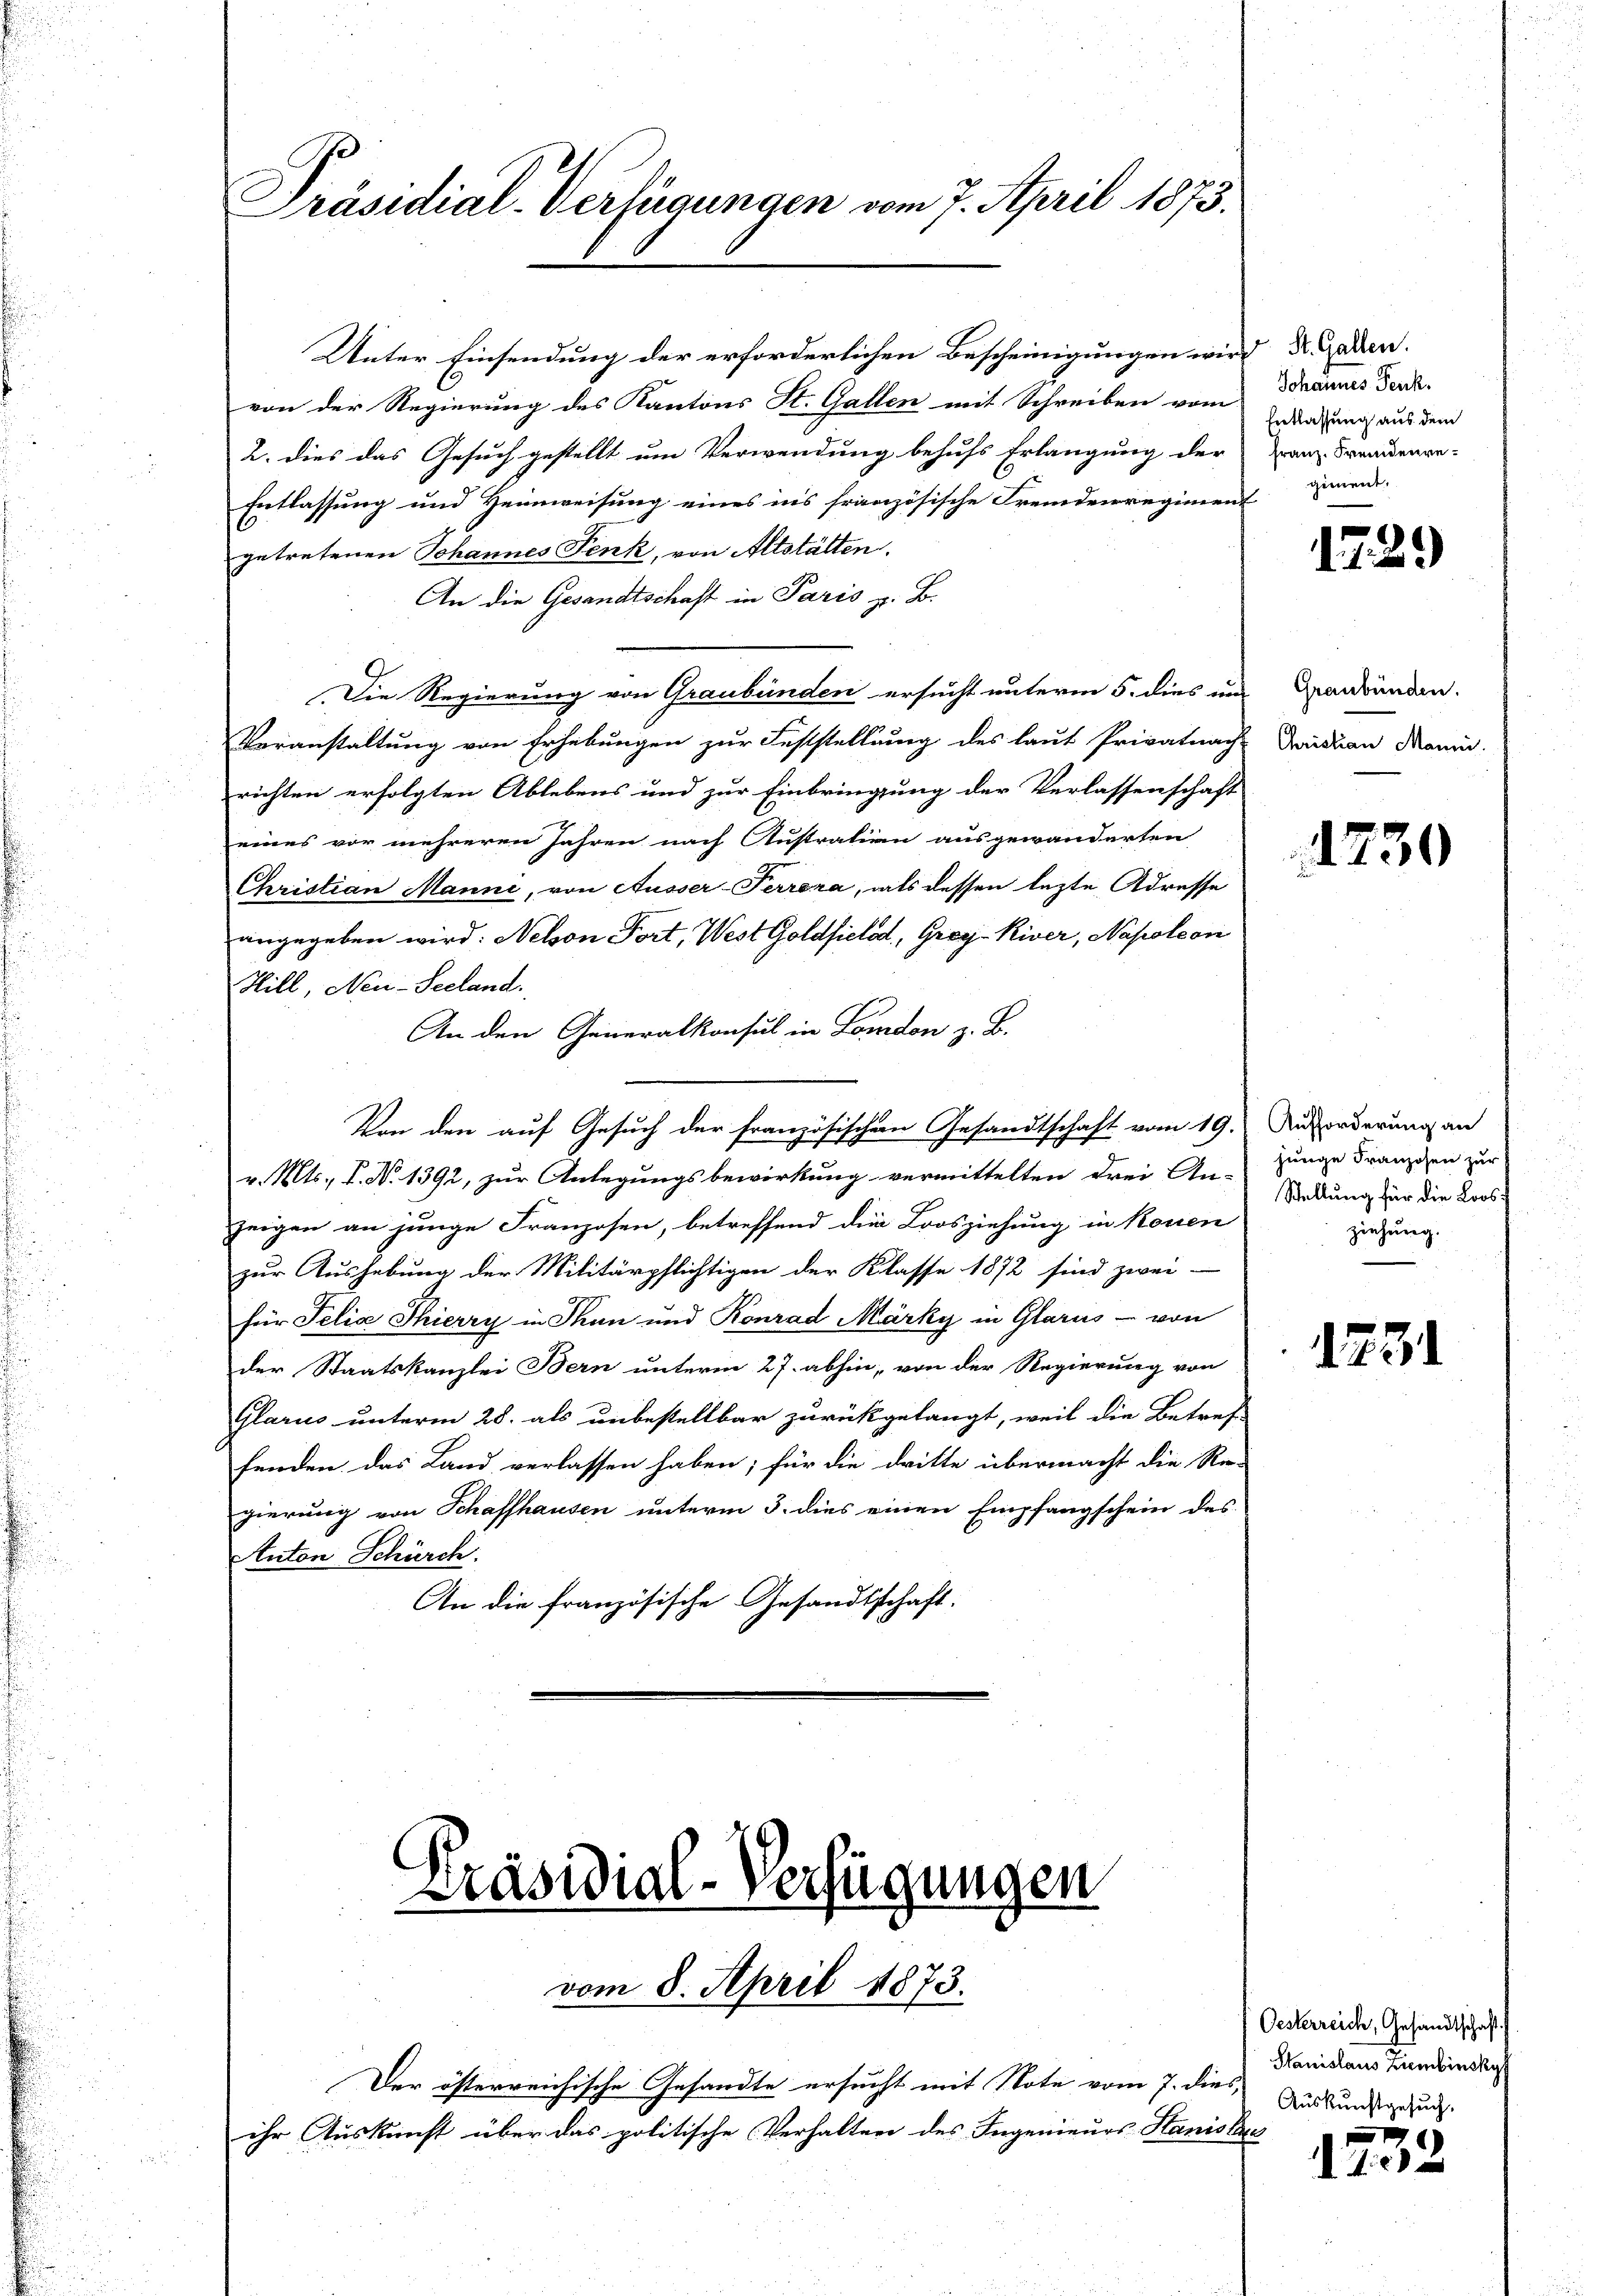
Präsidial-Verfügungen vom 7. April 1873.

Unter Einsendung der erforderlichen Bescheinigungen wird u. jeden.
von der Regierung des Kantons St. Gallen mit Schreiben vom
2. dies das Gesuch gestellt um Verwendung behufs Erlangung der
Entlassung und Heimweisung eines ins französische Fremdenregiment
getretenen Johannes Fenk, von Altstätten.
An die Gesandtschaft in Paris z. B.
Die Regierung von Graubünden ersucht unterm 5. dies um
Veranstaltung von Erhebungen zur Feststellung des laut Privatnach
richten erfolgten Ablebens und zur Einbringung der Verlassenschaft
eines vor mehreren Jahren nach Austration ausgewanderten
Christian Manni, von Ausser-Terrora, als dessen lezte Adresse
angegeben wird: Nelvon Fort, West Goldfield, Grey-Kiver, Napoleon
Hill, Neu-Seeland.
An den Generalkonsul in London z. B.
Von den auf Gesuch der französischen Gesandtschaft vom 19. Auforderung an
v. Mts., P. No 1392, zur Anlegungsbewirkung vermittelten drei An-
zeigen an junge Franzosen, betreffend die Loosziehung in konen
zur Aushebung der Militärpflichtigen der Klasse 1872 sind zwei-
für Felix Thierry in Thun und Konrad Märky in Glarus - von
der Staatskanzlei Bern unterm 27. abhin, von der Regierung von
Glarus unterm 28. als unbestellbar zurückgelangt, weil die Betref-
fenden das Land verlassen haben; für die dritte übermacht die Re-
gierung von Schaffhausen unterm 3. dies einen Empfangschein des
Anton Schürch.
An die französische Gesandtschaft.

Präsidial-Verfügungen
vom 8. April 1873.

Der österreichische Gesandte ersucht mit Note vom 7. dies
ihr Auskunft über das politische Verhalten des Ingenieurs Stanislas

Johannes Fenk.
Entlassung aus dem
Franz. Fremdenregienent.

172.

Graubünden.
Christian Manni.

1230

hunge Franzosen zur
Stellung für die Loosziehung.

1731

Oesterreich, Gesandtschaft.
Stanislaus Ziembinsky
Auskunftgesuch,

e
102